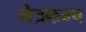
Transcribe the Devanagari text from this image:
नेत्रकम्प